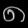
Digit: ၈